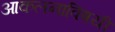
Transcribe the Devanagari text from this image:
आकलनाविषयी